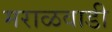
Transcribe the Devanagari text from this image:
मराळवाडी